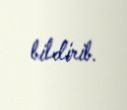
bildirib.